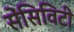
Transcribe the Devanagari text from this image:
सेंसिविटी